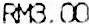
RM3.00